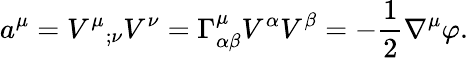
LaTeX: a^{\mu}=V^{\mu}{}_{;\nu}V^{\nu}=\Gamma_{\alpha\beta}^{\mu}V^{\alpha}V^{\beta}=-{\frac{1}{2}}\nabla^{\mu}\varphi.